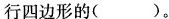
行四边形的()。